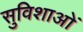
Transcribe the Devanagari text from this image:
सुविशाओं